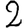
Digit: 2